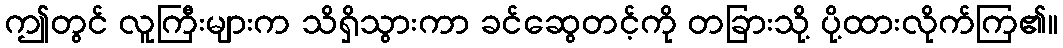
ဤတွင် လူကြီးများက သိရှိသွားကာ ခင်ဆွေတင့်ကို တခြားသို့ ပို့ထားလိုက်ကြ၏။